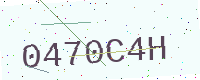
Text: 0470C4H